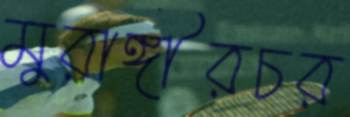
মুরাঙ্গীরচর